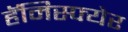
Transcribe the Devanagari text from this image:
हॅमिस्फ्येर